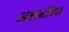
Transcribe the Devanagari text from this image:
अबख़ज़िया